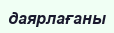
даярлағаны